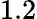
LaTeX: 1.2